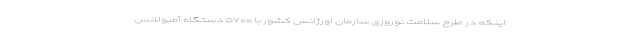
اینکه در طرح سلامت نوروزی سازمان اورژانس کشور با ۵۷۰۰ دستگاه آمبولانس